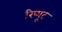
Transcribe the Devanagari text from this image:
रिप्यूट